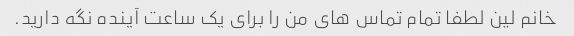
خانم لین لطفا تمام تماس های من را برای یک ساعت آینده نگه دارید.